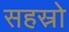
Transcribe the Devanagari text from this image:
सहस्रो